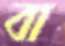
বা